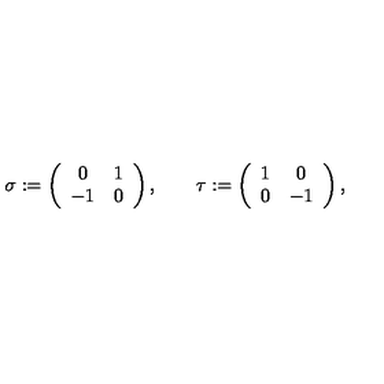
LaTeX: \sigma : = \left( \begin{array} { c c } { 0 } & { 1 } \\ { - 1 } & { 0 } \\ \end{array} \right) , \qquad \tau : = \left( \begin{array} { c c } { 1 } & { 0 } \\ { 0 } & { - 1 } \\ \end{array} \right) ,